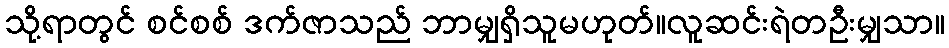
သို့ရာတွင် စင်စစ် ဒက်ဇာသည် ဘာမျှရှိသူမဟုတ်။လူဆင်းရဲတဦးမျှသာ။